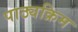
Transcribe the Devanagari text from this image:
पाठ्यक्रिम